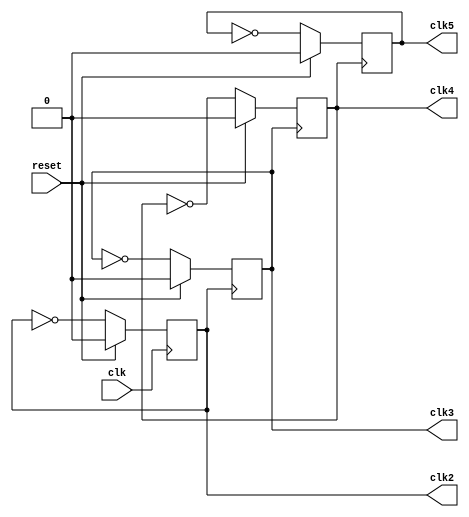
`default_nettype none
`timescale 1ns/1ns

module clk_div (
    input wire  clk,
    input wire  reset,
    output reg  clk2,
    output reg  clk3,
    output reg  clk4,
    output reg  clk5
);

    // div by 2, i.e., beta=0.75
    always @(posedge clk) begin
        if (reset)
            clk2 <= 0;
        else
            clk2 <= ~clk2;
    end

    // div by 4, i.e., beta=0.875
    always @(posedge clk2) begin
        if (reset)
            clk3 <= 0;
        else
            clk3 <= ~clk3;
    end

    // div by 8, i.e., beta=0.9375
    always @(posedge clk3) begin
        if (reset)
            clk4 <= 0;
        else
            clk4 <= ~clk4;
    end

    // div by 16, i.e., beta=0.96875
    always @(posedge clk4) begin
        if (reset)
            clk5 <= 0;
        else
            clk5 <= ~clk5;
    end


endmodule